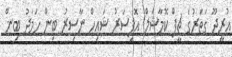
އުރީދޫ ގަތަރުގެ ޗީފް ކޮމާޝަލް އޮފިސަރު ޝައިހް ނާސިރު ބިން ހަމަދު ބިން